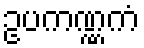
ဥပကဏ္ဏကံ